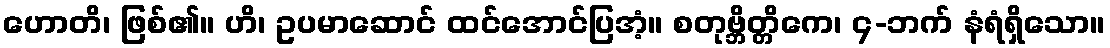
ဟောတိ၊ ဖြစ်၏။ ဟိ၊ ဥပမာဆောင် ထင်အောင်ပြအံ့။ စတုဗ္ဘိတ္တိကေ၊ ၄-ဘက် နံရံရှိသော။